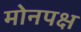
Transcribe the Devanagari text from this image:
मोनपक्ष